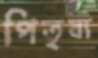
পিতৃব্য